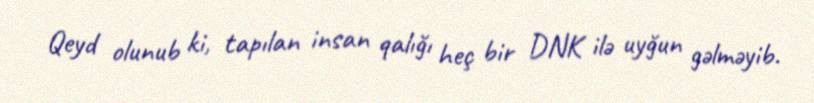
Qeyd olunub ki, tapılan insan qalığı heç bir DNK ilə uyğun gəlməyib.